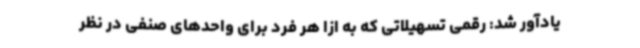
یادآور شد: رقمی تسهیلاتی که به ازا هر فرد برای واحدهای صنفی در نظر